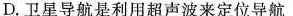
D.卫星导航是利用超声波来定位导航